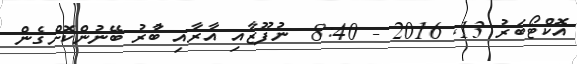
އޮކްޓޯބަރު 13